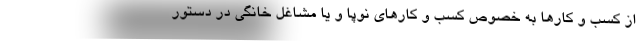
از کسب و کارها به خصوص کسب و کارهای نوپا و یا مشاغل خانگی در دستور